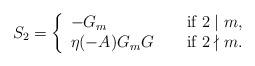
LaTeX: \begin{align*}S_2 & = \left\{\begin{array}{lll}- G_m & &\textup{ if } 2 \mid m ,\\\eta(-A) G_m G & & \textup{ if } 2 \nmid m .\end{array} \right.\end{align*}